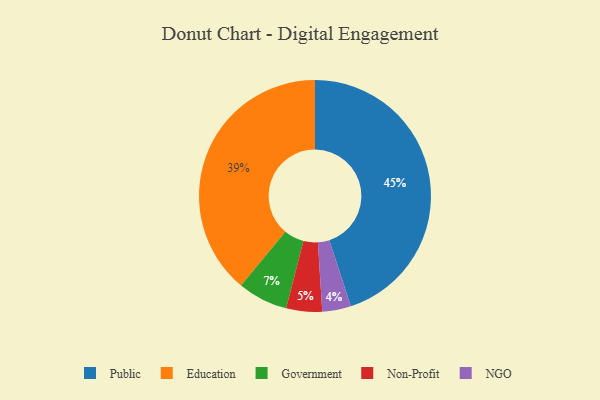
{"axis": {"x": "Category", "y": "Percentage"}, "legend": ["Education", "Government", "NGO", "Non-Profit", "Public"], "data": [{"x": "Public", "y": 45, "type": "Public"}, {"x": "Government", "y": 7, "type": "Government"}, {"x": "Non-Profit", "y": 5, "type": "Non-Profit"}, {"x": "NGO", "y": 4, "type": "NGO"}, {"x": "Education", "y": 39, "type": "Education"}]}